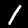
Digit: 1